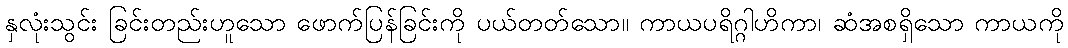
နှလုံးသွင်း ခြင်းတည်းဟူသော ဖောက်ပြန်ခြင်းကို ပယ်တတ်သော။ ကာယပရိဂ္ဂါဟိကာ၊ ဆံအစရှိသော ကာယကို